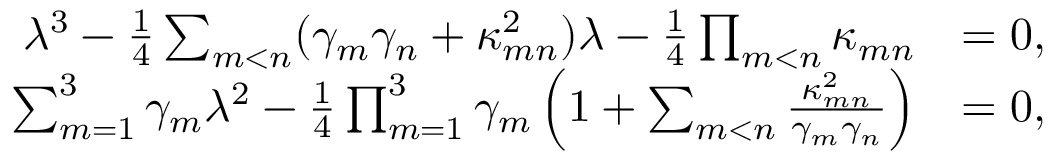
\begin{array} { r l } { \lambda ^ { 3 } - \frac { 1 } { 4 } \sum _ { m < n } ( \gamma _ { m } \gamma _ { n } + \kappa _ { m n } ^ { 2 } ) \lambda - \frac { 1 } { 4 } \prod _ { m < n } \kappa _ { m n } } & { = 0 , } \\ { \sum _ { m = 1 } ^ { 3 } \gamma _ { m } \lambda ^ { 2 } - \frac { 1 } { 4 } \prod _ { m = 1 } ^ { 3 } \gamma _ { m } \left( 1 + \sum _ { m < n } \frac { \kappa _ { m n } ^ { 2 } } { \gamma _ { m } \gamma _ { n } } \right) } & { = 0 , } \end{array}